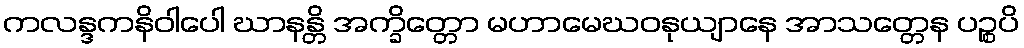
ကလန္ဒကနိဝါပေါ ဃာနန္တိ အက္ခိတ္တော မဟာမေဃဝနုယျာနေ အာသတ္တေန ပဉ္စပိ